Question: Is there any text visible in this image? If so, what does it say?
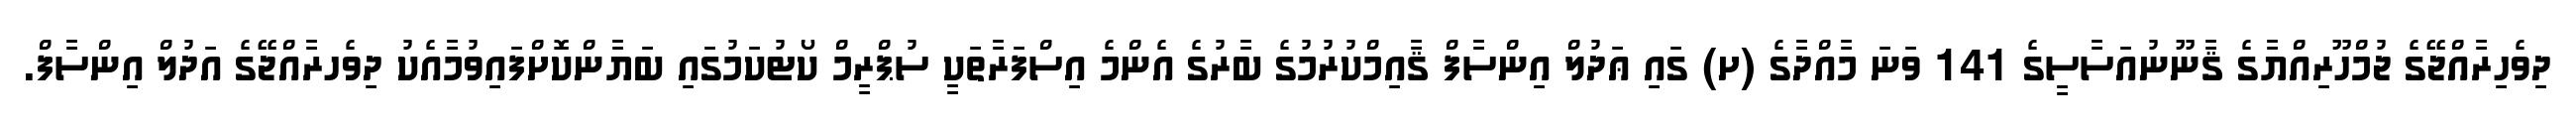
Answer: ދިވެހިރާއްޖޭގެ ޖުމްހޫރިއްޔާގެ ޤާނޫނުއަސާސީގެ 141 ވަނަ މާއްދާގެ (ށ) ގައި ޢަދުލް އިންސާފް ޤާއިމްކުރުމުގެ ބާރުގެ އެންމެ އިސްފަރާތަކީ ސުޕްރީމް ކޯޓުކަމުގައި ބަޔާންކޮށްފައިވުމާއެކު ދިވެހރާއްޖޭގެ އަދުލް އިންސާފް.